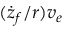
( \dot { z } _ { f } / r ) v _ { e }